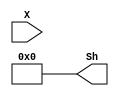
module SHIFTER32_L2(X,Sh);
    input [31:0]X;
    output [31:0]Sh;
    wire [29:0]temp;
    assign temp = X[29:0];
    assign Sh = {X,0,0,0,0};
endmodule